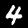
Label: 4